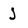
Character: j